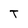
Character: T